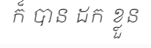
ក៏ បាន ដក ខ្លួន